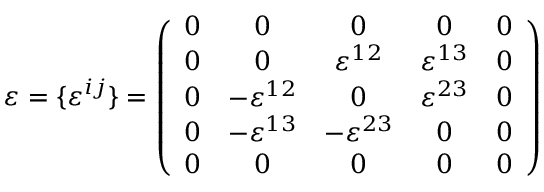
\varepsilon = \{ \varepsilon ^ { i j } \} = \left( \begin{array} { c c c c c } { { 0 } } & { { 0 } } & { { 0 } } & { { 0 } } & { { 0 } } \\ { { 0 } } & { { 0 } } & { { \varepsilon ^ { 1 2 } } } & { { \varepsilon ^ { 1 3 } } } & { { 0 } } \\ { { 0 } } & { { - \varepsilon ^ { 1 2 } } } & { { 0 } } & { { \varepsilon ^ { 2 3 } } } & { { 0 } } \\ { { 0 } } & { { - \varepsilon ^ { 1 3 } } } & { { - \varepsilon ^ { 2 3 } } } & { { 0 } } & { { 0 } } \\ { { 0 } } & { { 0 } } & { { 0 } } & { { 0 } } & { { 0 } } \end{array} \right)